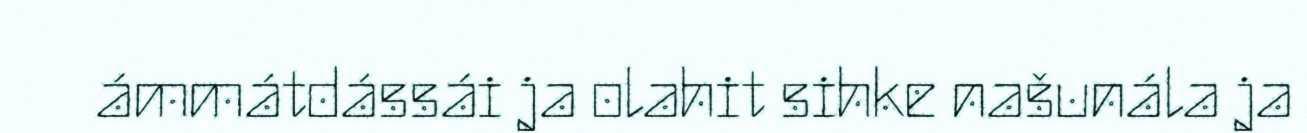
ámmátdássái ja olahit sihke našunála ja